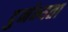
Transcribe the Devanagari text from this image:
दुर्नभ्यता